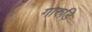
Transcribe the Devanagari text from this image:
गारुड़ि